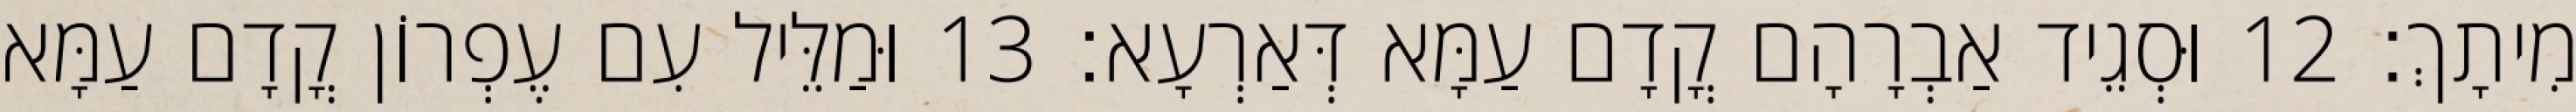
מִיתָךְ׃ 12 וּסְגֵיד אַבְרָהָם קֳדָם עַמָּא דְּאַרְעָא׃ 13 וּמַלֵּיל עִם עֶפְרוֹן קֳדָם עַמָּא